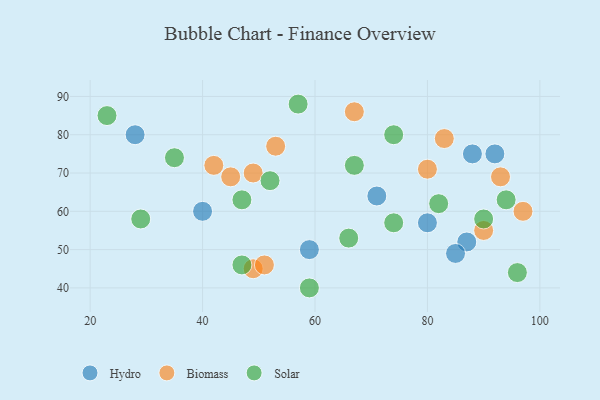
{"axis": {"x": "GDP", "y": "Life Expectancy"}, "legend": ["Biomass", "Hydro", "Solar"], "data": [{"x": "28", "y": 80, "type": "Hydro"}, {"x": "92", "y": 75, "type": "Hydro"}, {"x": "88", "y": 75, "type": "Hydro"}, {"x": "87", "y": 52, "type": "Hydro"}, {"x": "80", "y": 57, "type": "Hydro"}, {"x": "85", "y": 49, "type": "Hydro"}, {"x": "59", "y": 50, "type": "Hydro"}, {"x": "71", "y": 64, "type": "Hydro"}, {"x": "40", "y": 60, "type": "Hydro"}, {"x": "42", "y": 72, "type": "Biomass"}, {"x": "83", "y": 79, "type": "Biomass"}, {"x": "49", "y": 45, "type": "Biomass"}, {"x": "80", "y": 71, "type": "Biomass"}, {"x": "49", "y": 70, "type": "Biomass"}, {"x": "90", "y": 55, "type": "Biomass"}, {"x": "53", "y": 77, "type": "Biomass"}, {"x": "67", "y": 86, "type": "Biomass"}, {"x": "51", "y": 46, "type": "Biomass"}, {"x": "97", "y": 60, "type": "Biomass"}, {"x": "93", "y": 69, "type": "Biomass"}, {"x": "45", "y": 69, "type": "Biomass"}, {"x": "66", "y": 53, "type": "Solar"}, {"x": "82", "y": 62, "type": "Solar"}, {"x": "67", "y": 72, "type": "Solar"}, {"x": "29", "y": 58, "type": "Solar"}, {"x": "47", "y": 63, "type": "Solar"}, {"x": "52", "y": 68, "type": "Solar"}, {"x": "35", "y": 74, "type": "Solar"}, {"x": "74", "y": 57, "type": "Solar"}, {"x": "90", "y": 58, "type": "Solar"}, {"x": "47", "y": 46, "type": "Solar"}, {"x": "96", "y": 44, "type": "Solar"}, {"x": "59", "y": 40, "type": "Solar"}, {"x": "23", "y": 85, "type": "Solar"}, {"x": "57", "y": 88, "type": "Solar"}, {"x": "94", "y": 63, "type": "Solar"}, {"x": "74", "y": 80, "type": "Solar"}]}